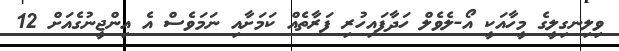
ވިލިނގިލީގެ މީހާއަކީ އޯ-ލެވެލް ހަދާފައިހުރި ފަރާތެއް ކަމަށާއި ނަމަވެސް އެ އިންޖީނުގެއަށް 12